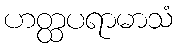
ဟတ္ထပရာမာသံ